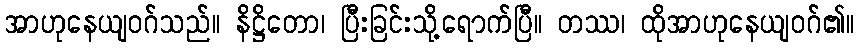
အာဟုနေယျဝဂ်သည်။ နိဋ္ဌိတော၊ ပြီးခြင်းသို့ရောက်ပြီ။ တဿ၊ ထိုအာဟုနေယျဝဂ်၏။